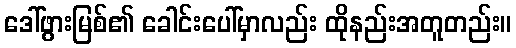
ဒေါ်ဖွားမြစ်၏ ခေါင်းပေါ်မှာလည်း ထိုနည်းအတူတည်း။